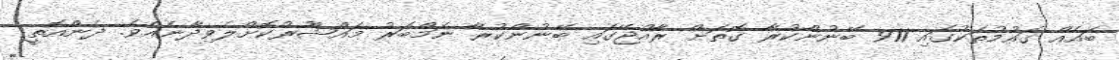
ބައެއް ގައުމުތަކުގައި 911 ބޭނުންކުރާ ގޮތަށް ރާއްޖޭގައި ބޭނުންކުރާ ނަމްބަރު މައްޝޫރުކޮށްލެވިދާނެއެވެ. ދެންއޮތީ